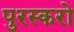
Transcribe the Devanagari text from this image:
पुरस्करो